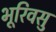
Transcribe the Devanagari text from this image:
भूरिवसु